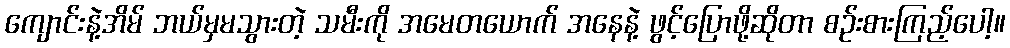
ကျောင်းနဲ့အိမ် ဘယ်မှမသွားတဲ့ သမီးကို အမေတယောက် အနေနဲ့ ဖွင့်ပြောဖို့ဆိုတာ စဉ်းစားကြည့်ပေါ့။